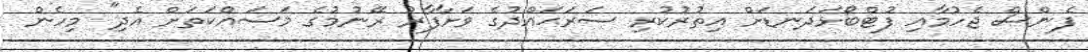
ފެންސް ޖެހުމާއި ފުޓްބޯޅަދަނޑަށް އިތުރުކުރި ސަރަޙައްދުގެ ވަށާފާރު ރޭނުމުގެ މަސައްކަތަށް އެދި" މިހެން